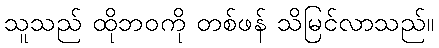
သူသည် ထိုဘဝကို တစ်ဖန် သိမြင်လာသည်။